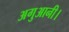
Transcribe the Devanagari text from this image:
अगुआनी।